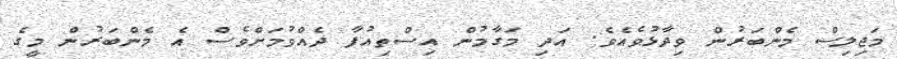
މަޖިލިސް މެންބަރުން ވިދާޅުވެއެވެ. އަދި މަގާމުން އިސްތިއުފާ ދެއްވުމަށްވެސް އެ މެންބަރުން މީގެ